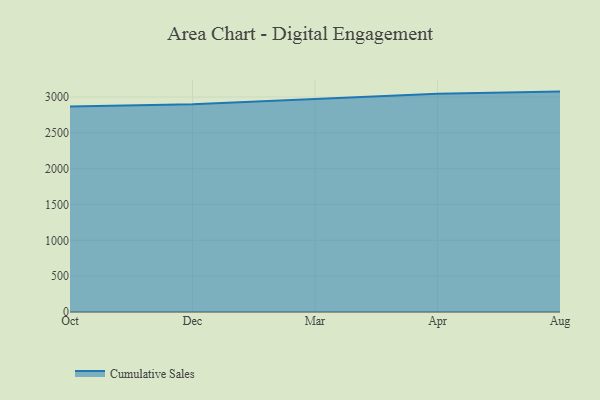
{"axis": {"x": "Month", "y": "Page Views"}, "legend": ["Cumulative Sales"], "data": [{"x": "Oct", "y": 2866.3, "type": "Cumulative Sales"}, {"x": "Dec", "y": 2897.1, "type": "Cumulative Sales"}, {"x": "Mar", "y": 2970.7, "type": "Cumulative Sales"}, {"x": "Apr", "y": 3043.8, "type": "Cumulative Sales"}, {"x": "Aug", "y": 3074.9, "type": "Cumulative Sales"}]}